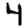
Digit: 4